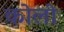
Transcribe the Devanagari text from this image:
कोलो